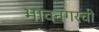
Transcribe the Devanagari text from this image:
भावनगरची